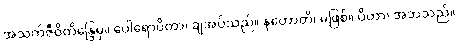
အသက်ဇီဝိတိန္ဒြေမှ။ ပေါရောပိတာ၊ ချအပ်သည်။ နဟောတိ၊ မဖြစ်။ ပိတာ၊ အဘသည်။